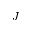
J